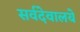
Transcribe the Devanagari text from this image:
सर्वदेवालये